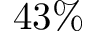
4 3 \%